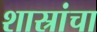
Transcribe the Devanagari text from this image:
शास्रांचा